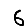
Digit: 6